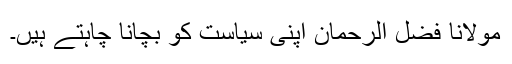
مولانا فضل الرحمان اپنی سیاست کو بچانا چاہتے ہیں۔